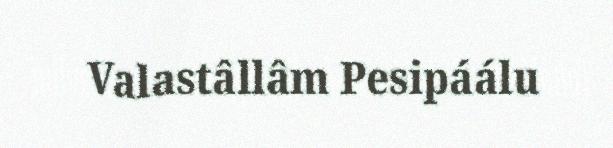
Valastâllâm Pesipáálu